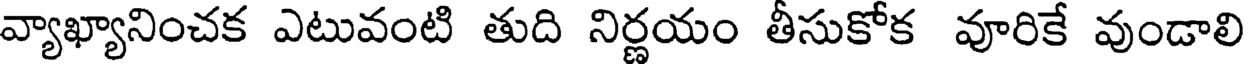
వ్యాఖ్యానించక ఎటువంటి తుది నిర్ణయం తీసుకోక వూరికే వుండాలి